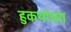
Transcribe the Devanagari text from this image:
हुकयांच्या